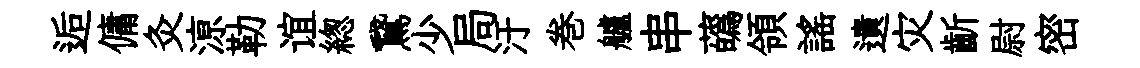
逅傭灸鿌勒谊緫鵞少局汙巻艫串蘤領謡遺灾齗尉密